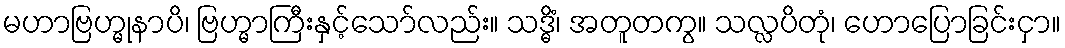
မဟာဗြဟ္မုနာပိ၊ ဗြဟ္မာကြီးနှင့်သော်လည်း။ သဒ္ဓိံ၊ အတူတကွ။ သလ္လပိတုံ၊ ဟောပြောခြင်းငှာ။